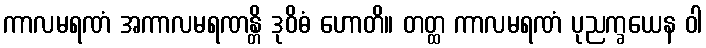
ကာလမရဏံ အကာလမရဏန္တိ ဒုဝိဓံ ဟောတိ။ တတ္ထ ကာလမရဏံ ပုညက္ခယေန ဝါ